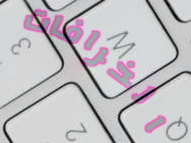
الخرافات